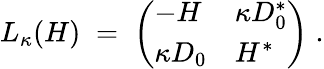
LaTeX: L_{\kappa}(H)\; =\; \left(\begin{array}{ll}{-H}&{\kappa D_{0}^{*}}\\ {\kappa D_{0}}&{H^{*}}\end{array}\right)\; .